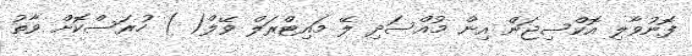
ފޮނުވާލި އޮކްސިޖަން އިން މުއްސަދި ލޭ މައިޓްރަލް ވޭލް( ) ހުރަސްކޮށް ވާތު